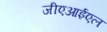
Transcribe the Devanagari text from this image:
जीएआईएल